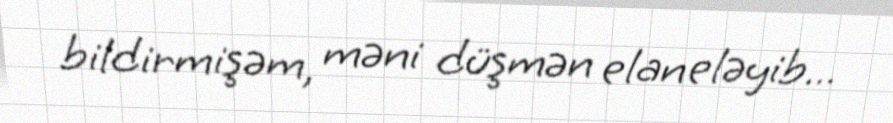
bildirmişəm, məni düşmən elan eləyib...